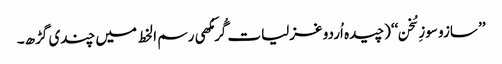
’’ سازو سوزِ سُخن‘‘(چیدہ اُردو غزلیات گُرمُکھی رسم ا لخط میں چندی گڑھ۔